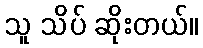
သူ သိပ် ဆိုးတယ်။